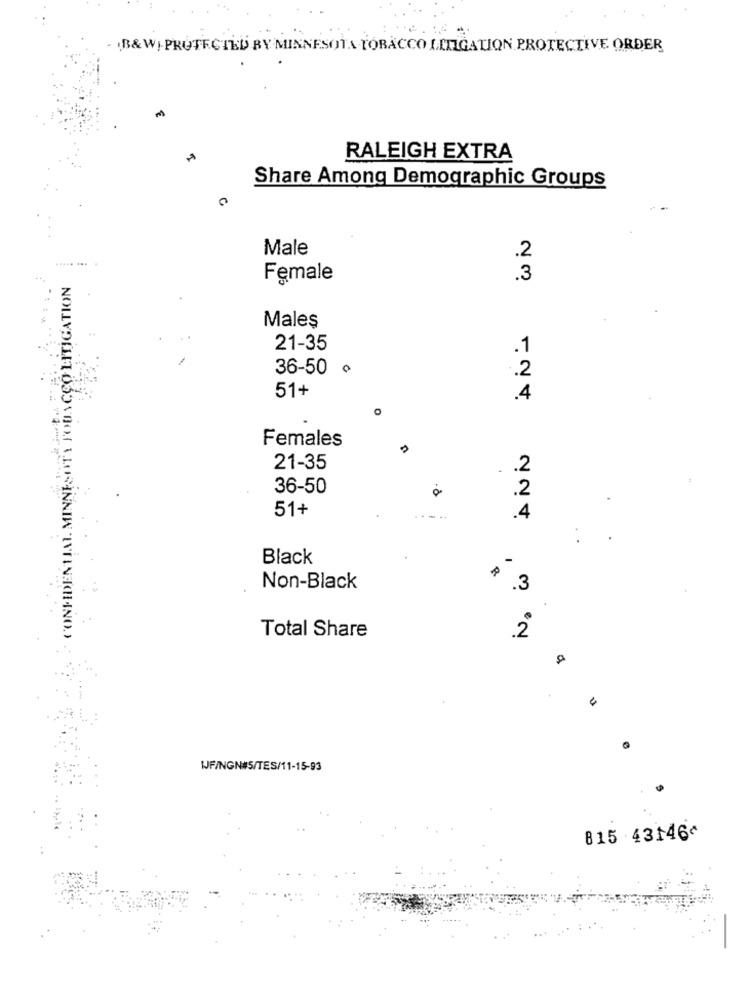
. B&W| PROTECTED BY MINNESOTA TOBACCO LITIGATION PROTECTIVE ORDER
RALEIGH EXTRA
Share Among Demographic Groups
Male
.2
CONFIDENTIAL. MINNESOTY FOUNCCO LITIGATION
Female
.3
Males
21-35
.1
36-50 ¢
.2
51+
.4
Females
21-35
.2
36-50
o
.2
51+
.4
Black
1
Non-Black
.3
Total Share
men
WJFINGNES/TES/11-15-93
815 43146^